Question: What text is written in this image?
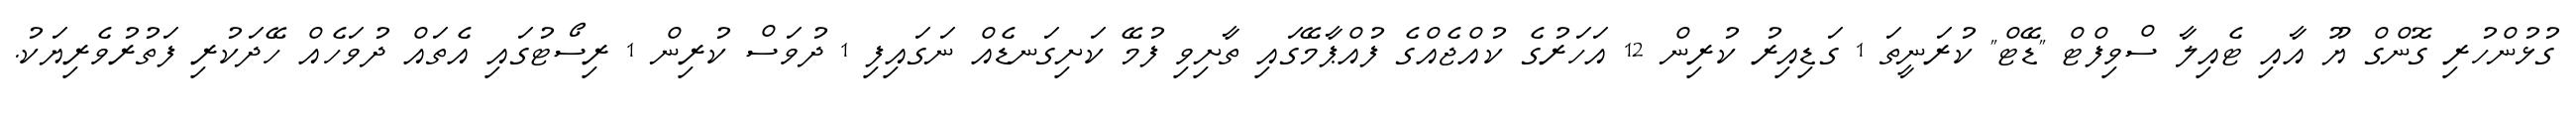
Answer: ގުޅުންހުރި ގޮންގް ޔޫ އާއި ޓެއިލާ ސްވިފްޓް "ޑޭޓް" ކުރަނީތަ 1 ގަޑިއިރު ކުރިން 12 އަހަރުގެ ކުއްޖެއްގެ ފުއްޕާމޭގައި ތާށިވި ފުމޭ ކަށިގަނޑެއް ނަގައިފި 1 ދުވަސް ކުރިން 1 ރިސޯޓުގައި އެތައް ދުވަހެއް ހޭދަކުރި ފަތުރުވެރިޔަކު.